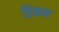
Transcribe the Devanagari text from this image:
डिकन